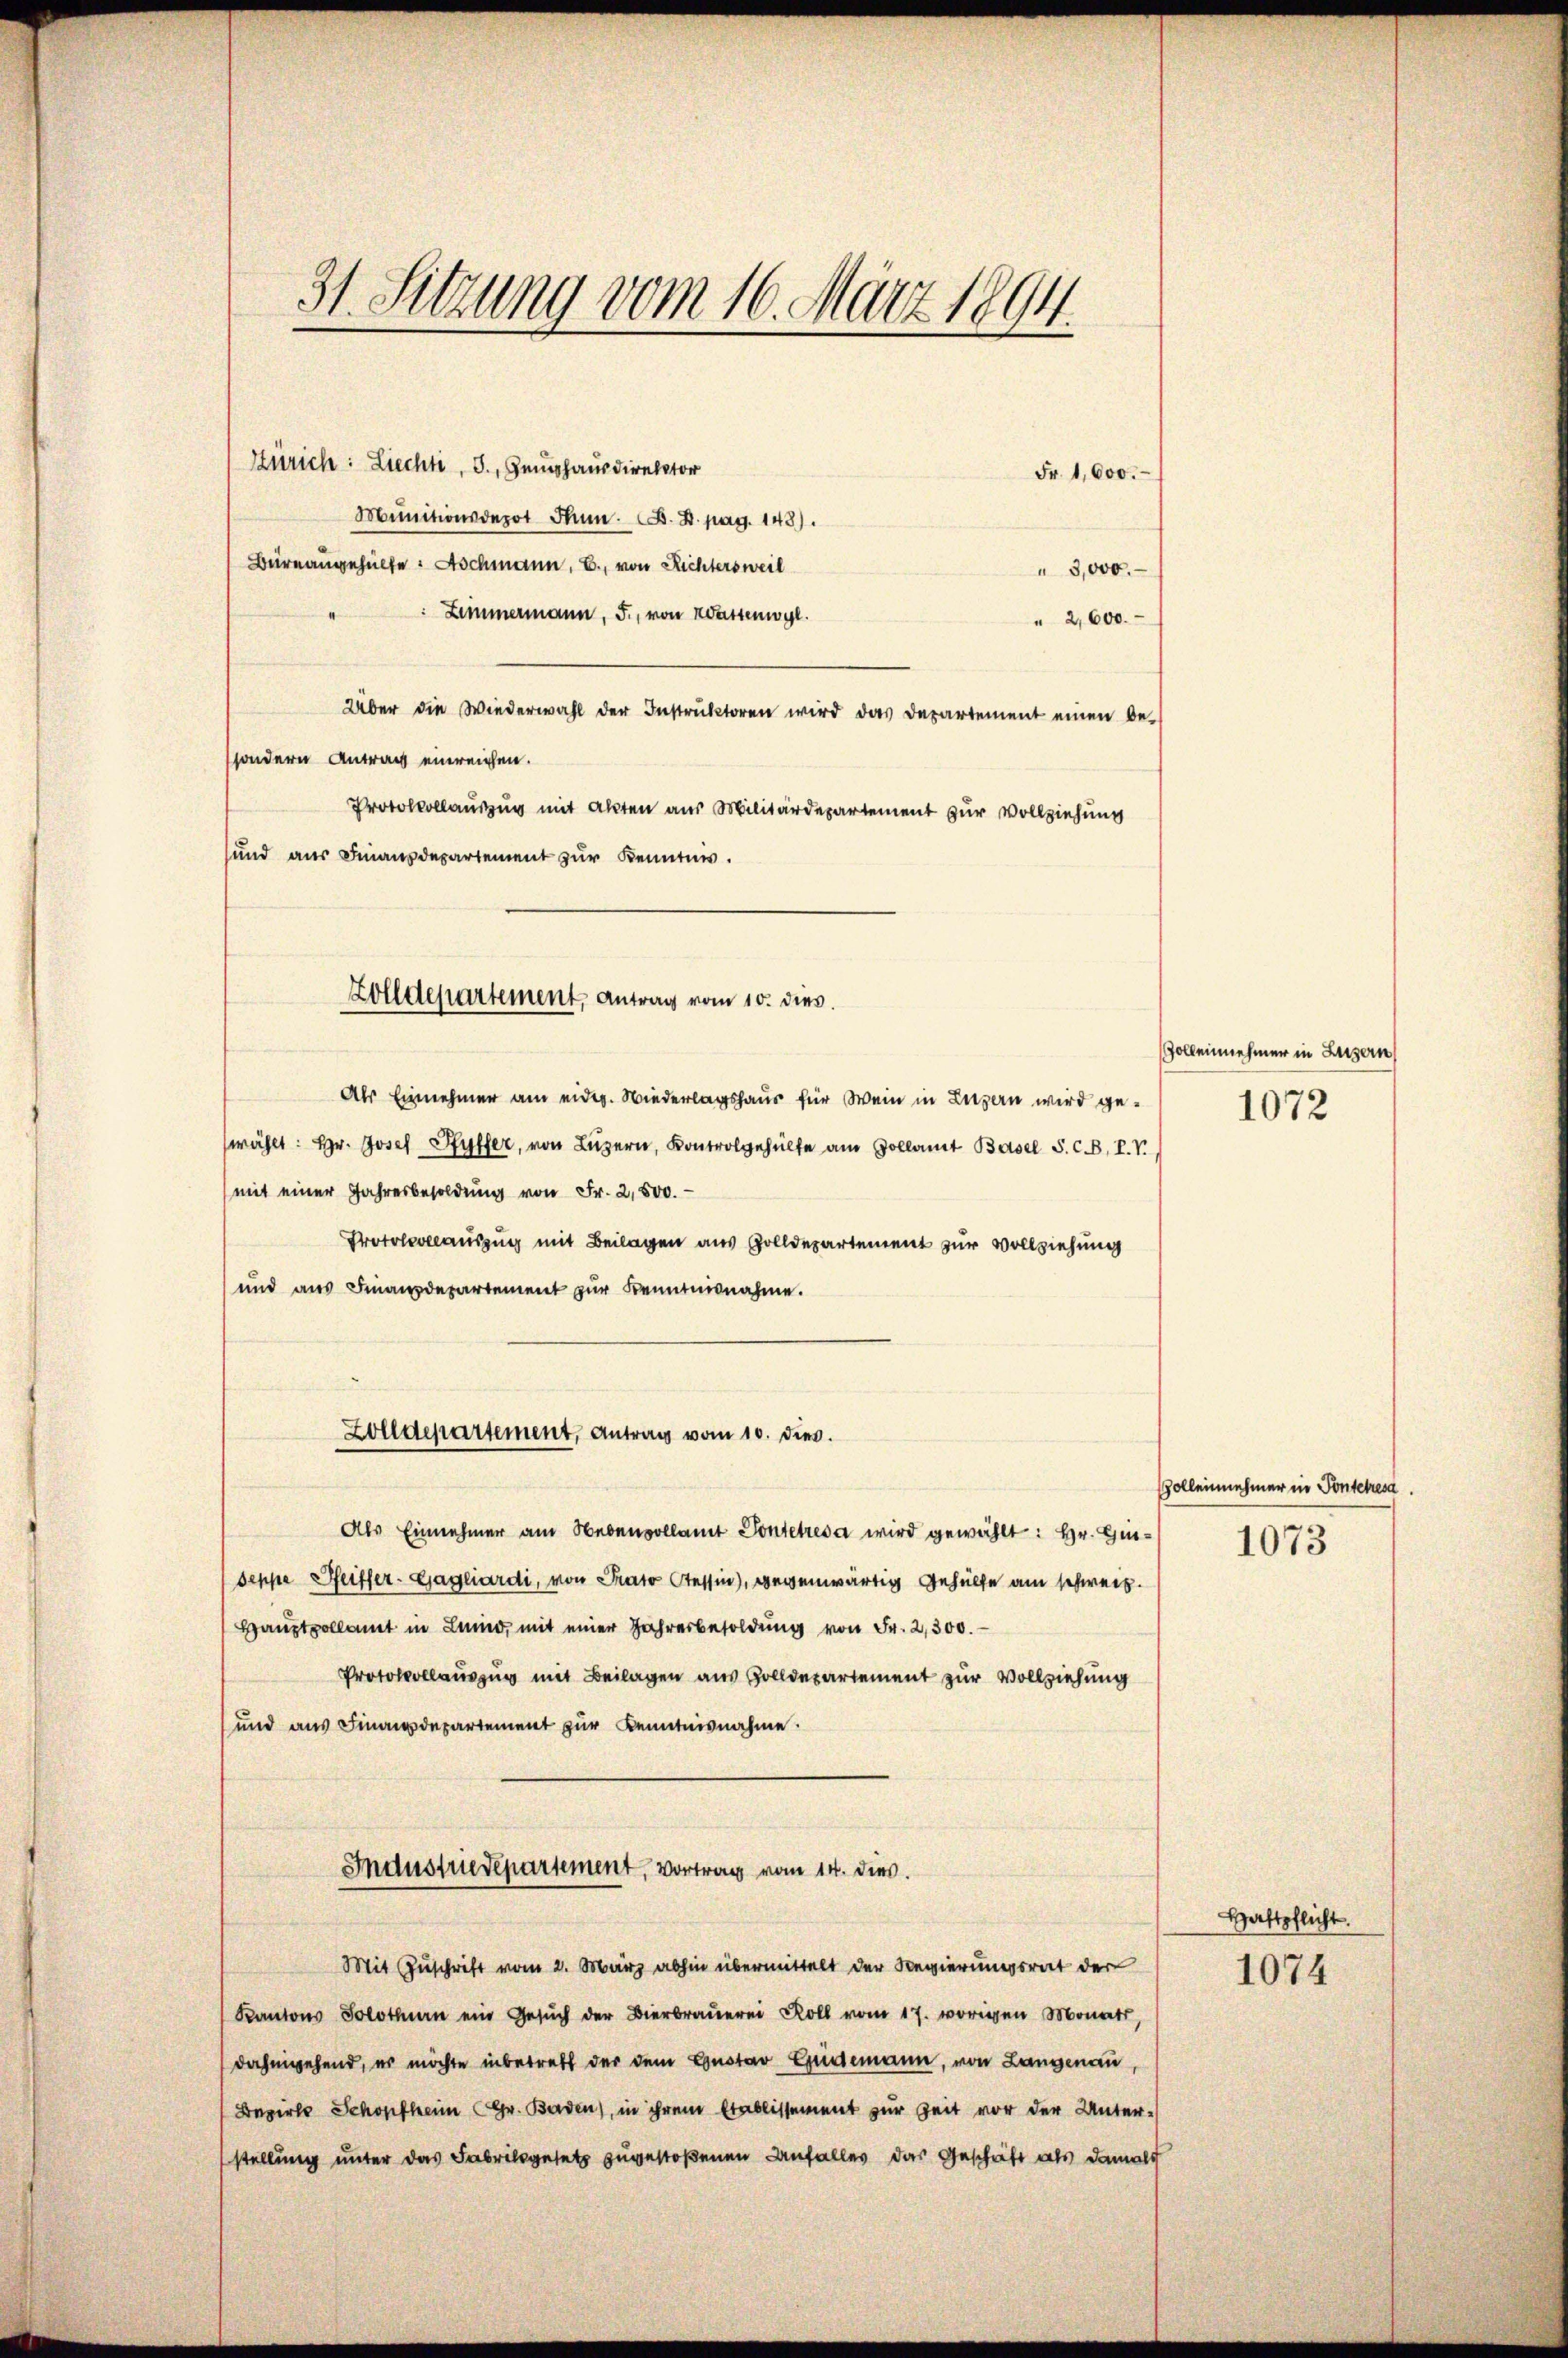
31. Sitzung vom 16. März 1894.

Zürich: Liechti, 3., Zeughaus direktor
Fr. 1,600.
Munitionsdepot Jann. B. H. pag. 148).
Büreangehülfe. Aschmann, E., von Richtersweil
3,000.
" Zimmermann, F., von Kastenwyl.
" 2,600.
Über die Wiederwahl der Instruktoren wird das Departement einen be-
ssondern Antrag einreichen.
Protokollauszug mit akten aus Militärdepartement zur Vollziehung
und aus Finanzdepartement zur Kenntnis.
Als Einnehmer am eidg. Wiederlagshaus für Wein in Luzern wird gewählt: Hr. Josef Pfyffer, von Lŭzern, Kontrolgehülfe am Zollamt Basel S. C. B. P. V.,
mit einer Jahresbesoldŭng von Fr. 2,500.
Protocollauszug mit Beilagen aus Zolldepartement zur Vollziehung
und aus Finanzdepartement zur Kenntnisnahme.
Zolldepartement, Antrag vom 10. dies.
Als Einnehmer am Nebenvollamt Ponteresa wird gewählt: Hr. Hin¬
Seppe Sfeiffer-Gagliardi, von Prato Tessin, wegenwärtig Gehülfe am schweiz.
Hauptpollamt in Linie, mit einer Jahresbesoldung von Fr. 2,300.
Protokollauszug mit Beilagen aus Zolldepartement zur Vollziehung
und aus Finanzdepartement zur Kenntnisnahme.
Industriedepartement, Vortrag vom 14. dies.
Mit Zuschrift vom 2. März abhin übermittelt der Regierungsrat der
Kantons Solothurn ein Gesŭch der Bierbraŭerei Roll vom 17. vorigen Monats,
dahingehend, er möchte inbetreff der dem Gustav Gudemann, von Langenau,
Bezirke Schopfheim CGr. Baden), in ihrem Etablissement zur Zeit vor der Unterstellung unter das Fabriksgesetz zugestoßenen Anfalles das Geschäft als damals

Zolldepartement, Antrag vom 10. dies

Golleinehmer in Luzern
1072

olleinehmer in Pontehresa

1073

Haftpflicht.

1074